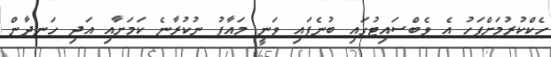
ހެކްކުރުމަށްފަހު އެ ވެބްސައިޓުގައި ބުނެފައި ވަނީ މައާފު ނުކުރާނެ ކަމަށާއި އަދި ހަނދާން